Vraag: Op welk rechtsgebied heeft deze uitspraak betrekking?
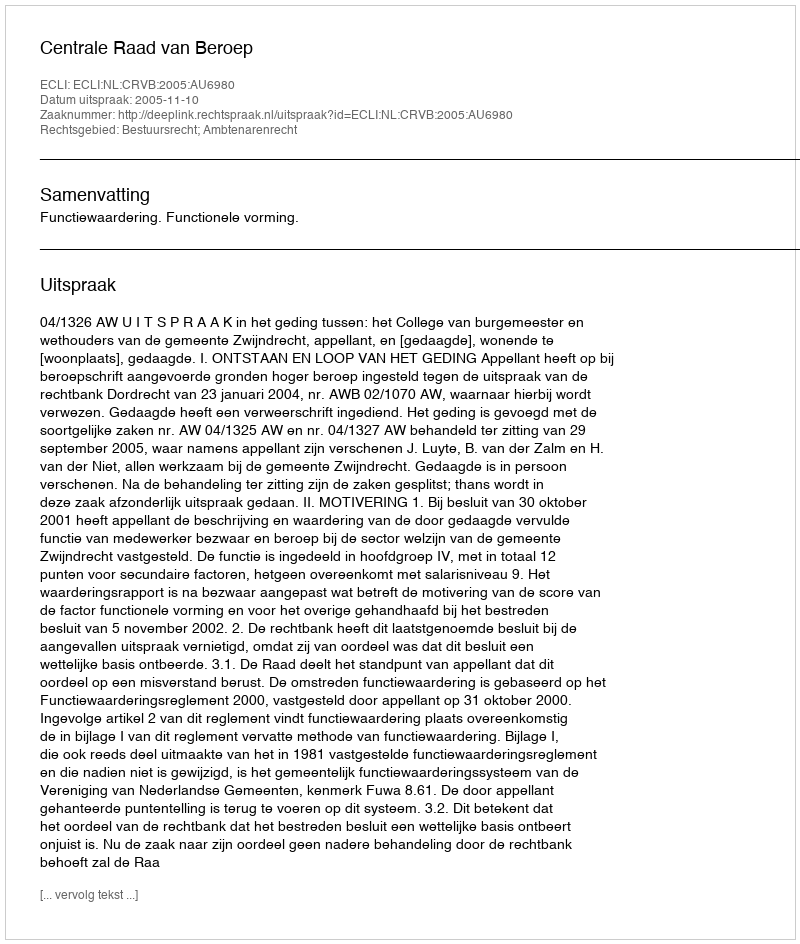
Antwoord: Bestuursrecht; Ambtenarenrecht